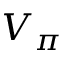
V _ { \pi }